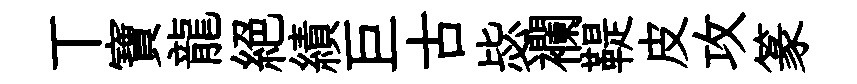
丅寶龍絕績巨古毖襴鞮皮攻篆